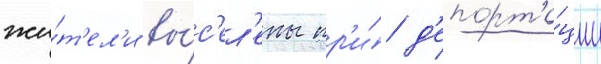
жи́т'ел'и вы́с'ел'ены пр'и́ д'епорта́ции